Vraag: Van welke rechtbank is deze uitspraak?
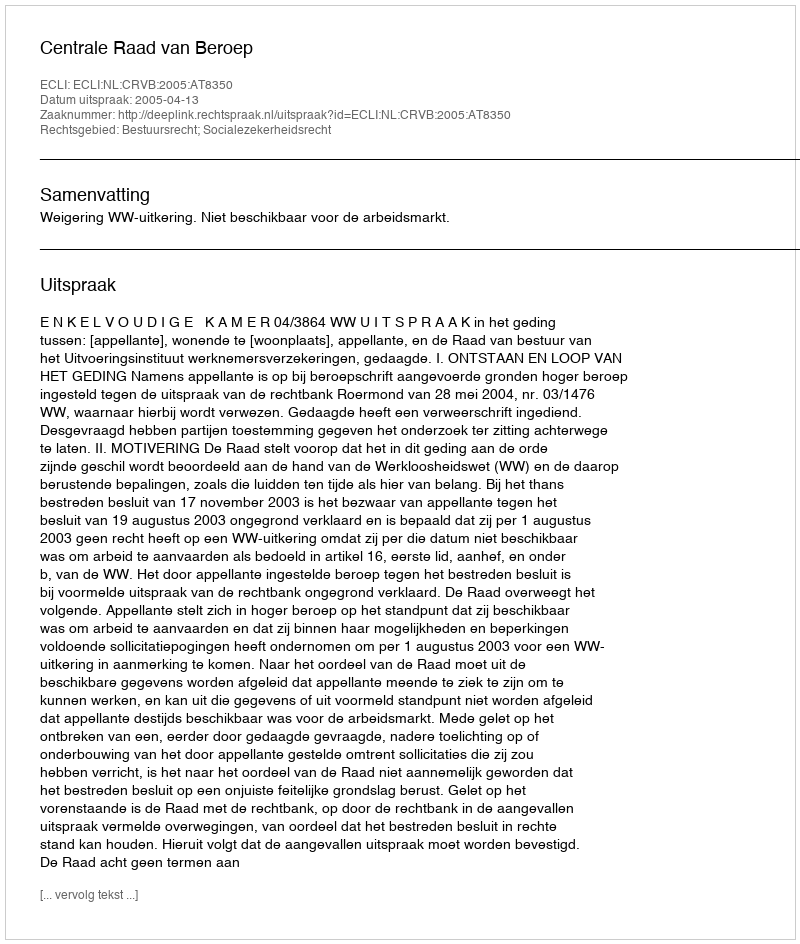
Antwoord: Centrale Raad van Beroep